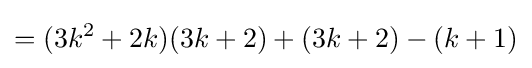
=(3k^{2}+2k)(3k+2)+(3k+2)-(k+1)